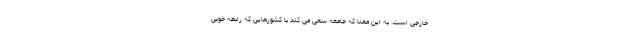
خارجی است. به این معنا که جامعه سعی می کند با کشورهایی که رابطه خوبی